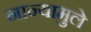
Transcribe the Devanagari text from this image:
नान्यामुले